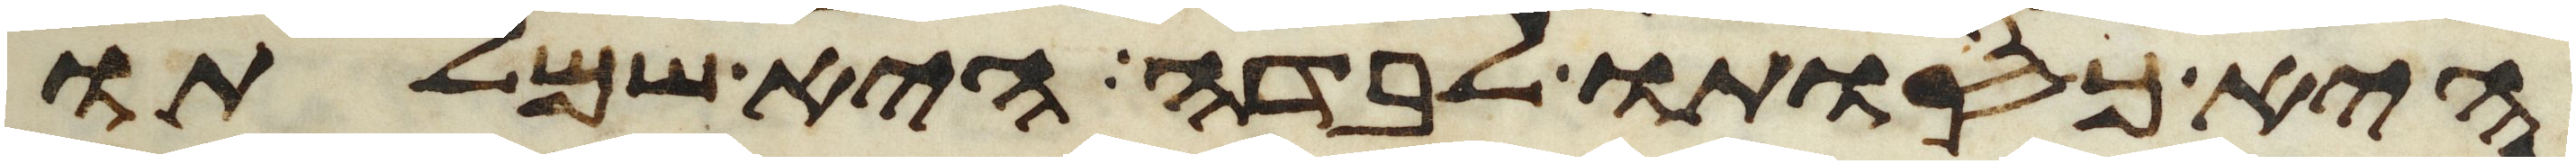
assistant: היא כסותו לבדה היא שמלתו